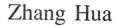
Zhang Hua